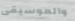
والموسيقى